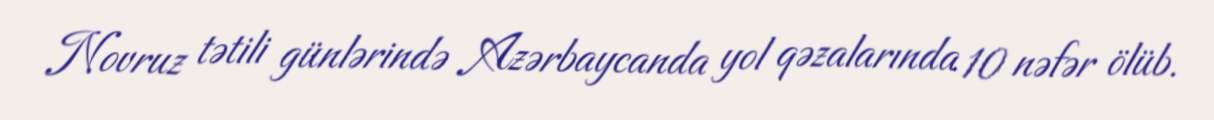
Novruz tətili günlərində Azərbaycanda yol qəzalarında 10 nəfər ölüb.